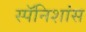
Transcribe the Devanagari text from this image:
स्पॅनिशांस